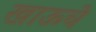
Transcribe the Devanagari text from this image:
खाऊचे